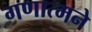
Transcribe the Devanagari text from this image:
गणात्मने